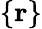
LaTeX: \{ {\mathbf r}\}